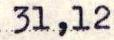
31,12